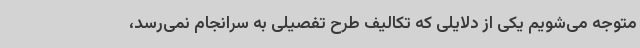
متوجه می‌شویم یکی از دلایلی که تکالیف طرح تفصیلی به سرانجام نمی‌رسد،